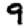
Digit: 9